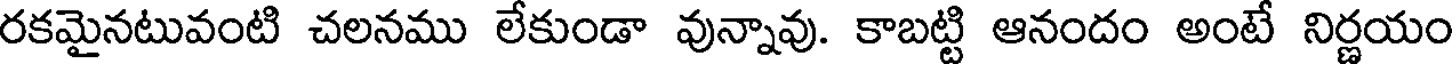
రకమైనటువంటి చలనము లేకుండా వున్నావు. కాబట్టి ఆనందం అంటే నిర్ణయం